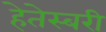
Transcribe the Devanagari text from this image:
हेतेस्बरी